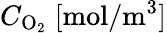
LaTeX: C_{\mathrm{O_{2}}}\; [\mathrm{mol}/\mathrm{m}^{3}]